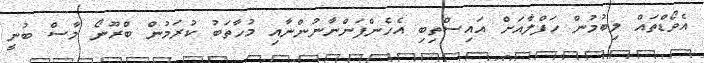
އެވޯޑްތައް ލިބުމުން ހަފްލާއަށް އައިސްތިބި އެހެންފަންނާނުންނާއި މުހާތަބު ކުރަމުން ބްރޫނޯ މާސް ބުނީ